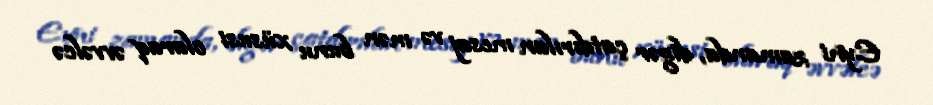
Eyni zamanda, digər çatdırılan mesaj və mən bunu xüsusi olaraq əvvəlcə